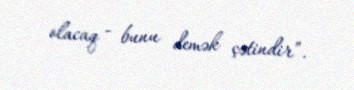
olacaq - bunu demək çətindir”.